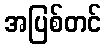
အပြစ်တင်